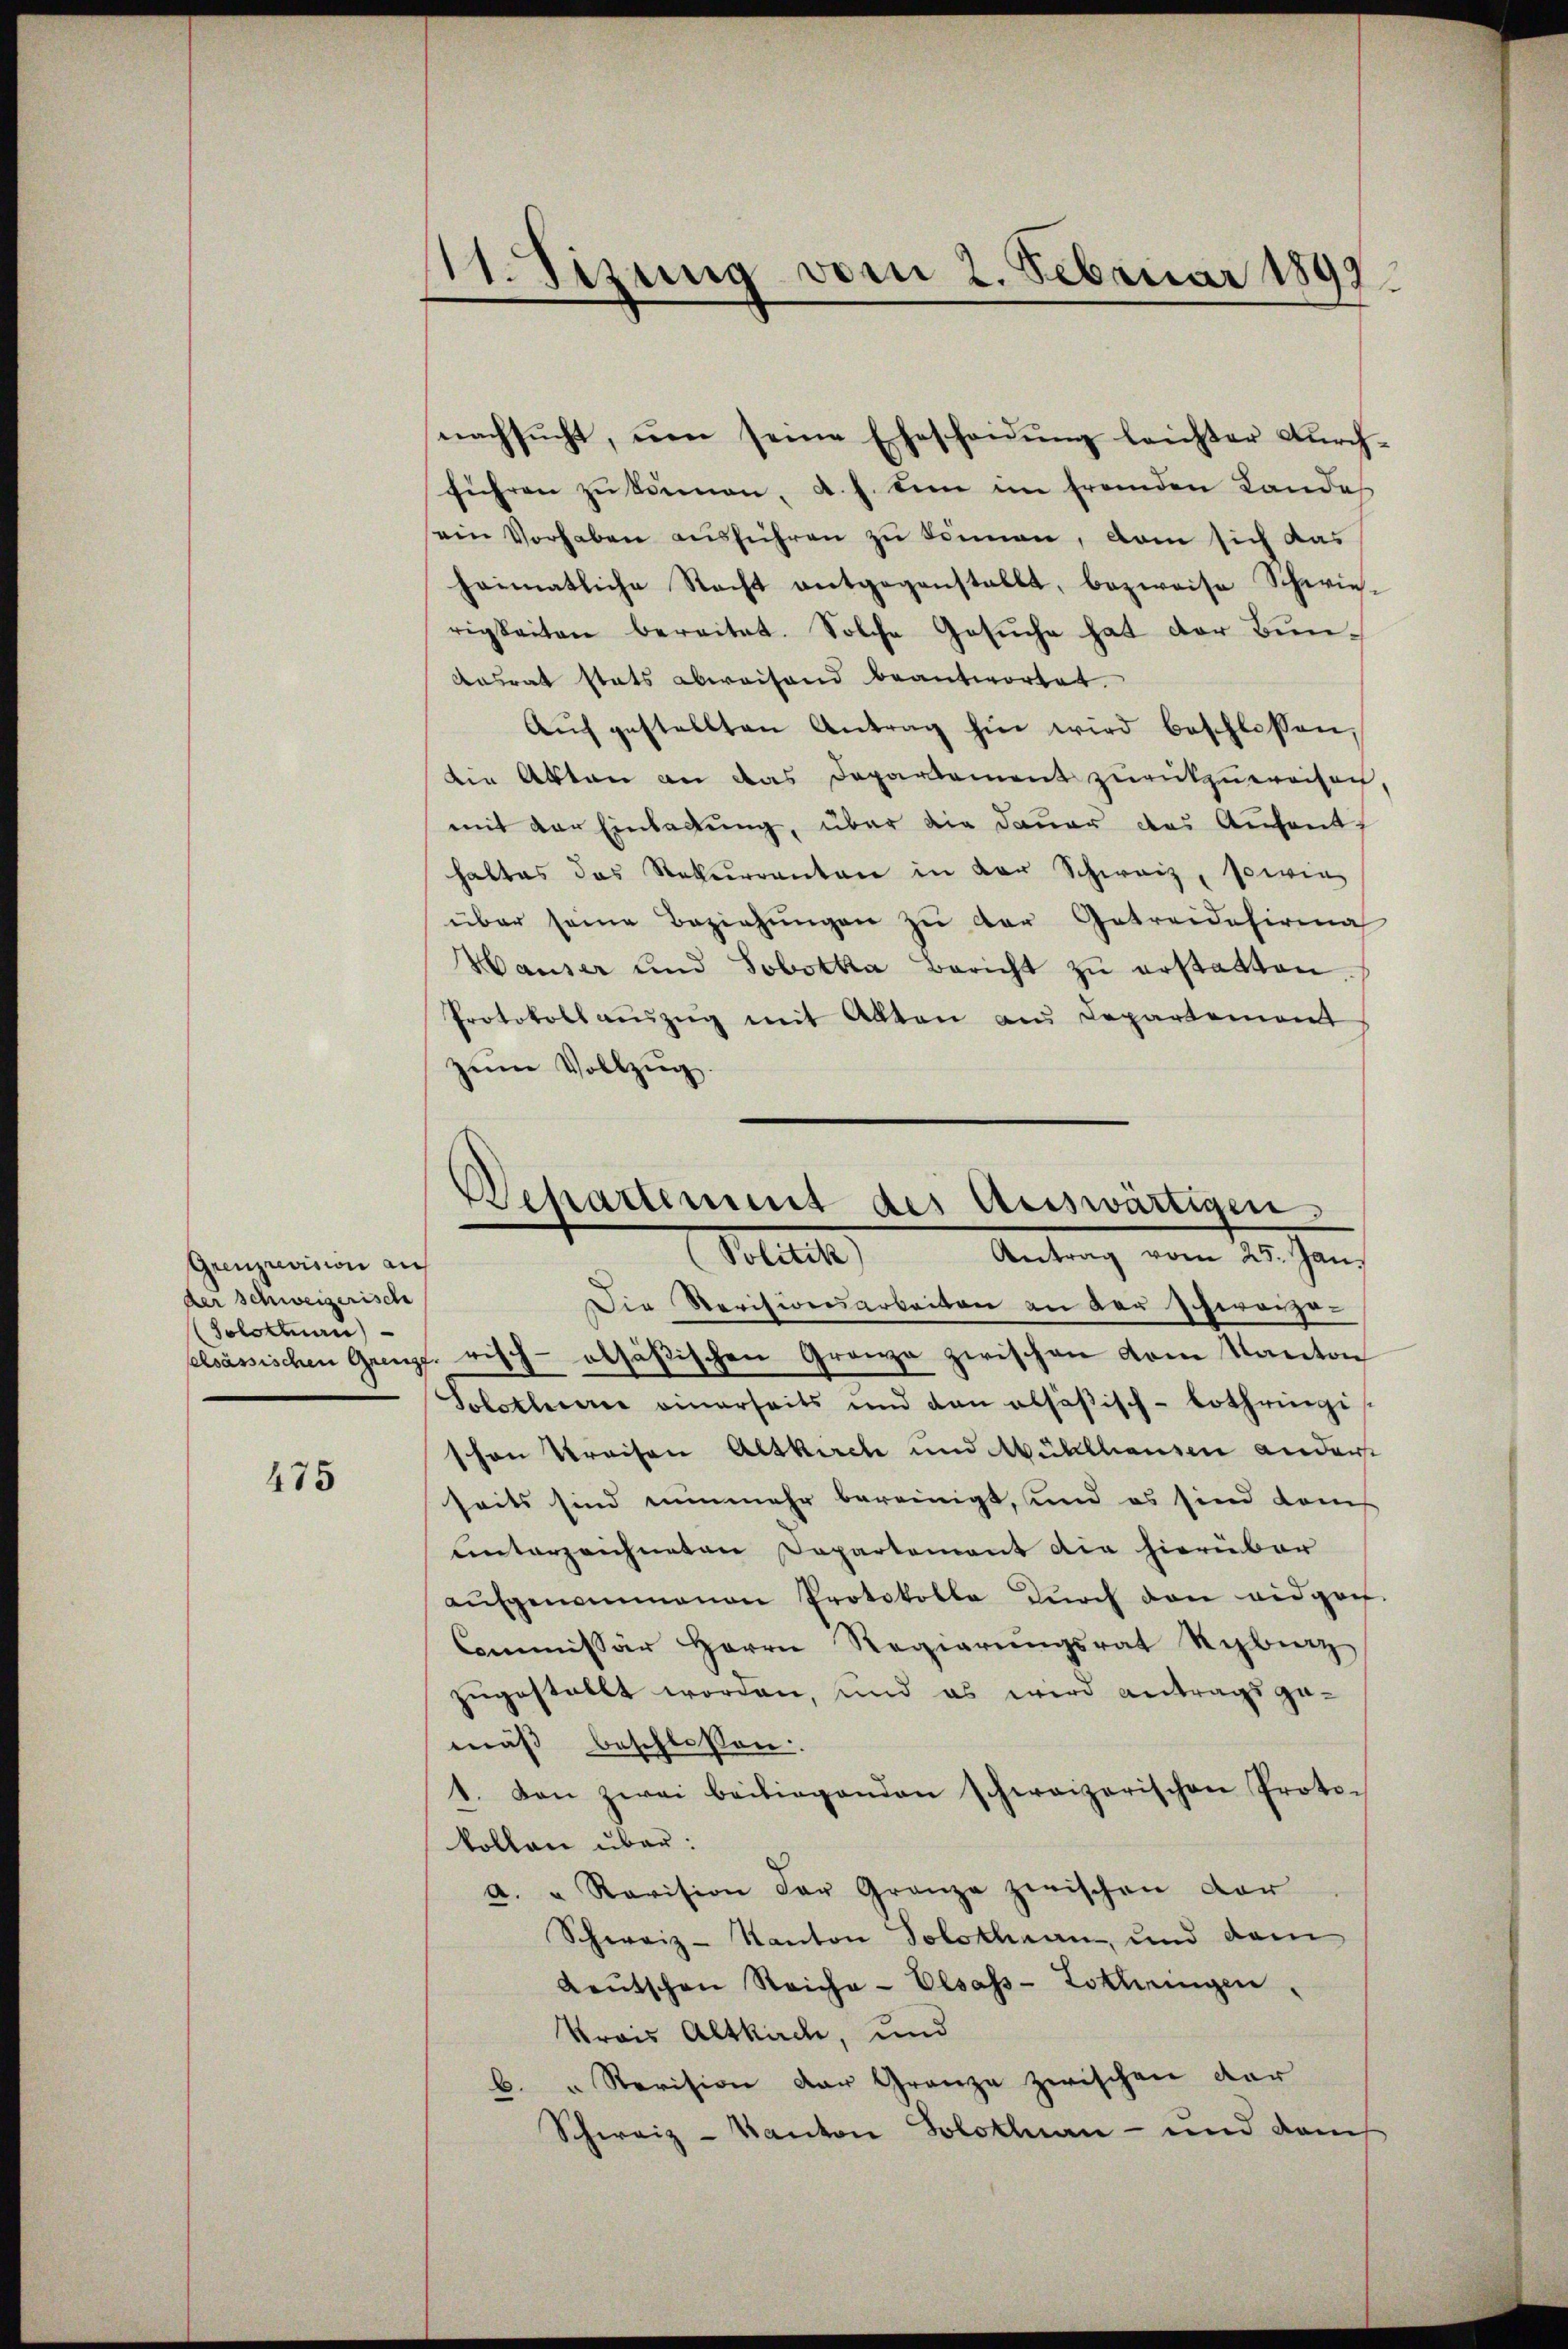
Grenzrevision auf
der Schweizerisch
(Solothurn

475

nachsŭcht, um seine Eheschaŭŭng leichter Furch-
führen zŭ kämen, a. h. die im fremden Lande
sein Vorhaben ausführen zu können, dam sich das
heimatliche Recht entgegenstallt, bezweife Schwie-
rigkeiten bereitet. Solche Gesuche hat der Bun¬
Ansrat stats abweisend beantwortet.
Aŭf gestellten Antrag hin wird beschlossen,
die Akten an das Departement zurückzuweisen,
mit der Einladung, über die Dauer das Aufenthaltes das Rekurrenten in der Schweiz, sowie
über seine Beziehungen zu der Getreidesirma
Hauser und Jobotha Bericht zŭ erstatten.
Protokollaŭzŭg mit Alten aus Departement
zum Vollzug.

11. Sitzung vom 2. Februar 1897.

Departement der Auswärtigen,
Antrag vom 25. Jan.
Solitik

Die Revisionsarbeiten an der Scheranza-
elsässischen Grenzerisch-alsößischen Granze zwischen vom Kanton
Solotlerie einerseits und dan alsäβisch-Lothringi
schon Preisen Altkuche und Mühlhausen andert
seits sind nunmehr bereinigt, und es sind dem
unterzeichneten Departement die hierüber
aŭfgenommenen Protokolle dŭrch den eidgen.
Commissär Herrn Regierŭngsrat Rybrag
zugestellt worden, und es wird antragsgemäß beschlossen:
1. Den zwei beiliegenden schweizerischen Proto-
kollen über:
a. " Revision der Granze zwischen Vor
Schweiz-Kanton Solothurn, und dam
Leŭtschen Reiche- Elsass-Lothringen,
Krais Altkirche, und
b. " Revision der Granze zwischen der
Schweiz - Kanton Solothurn - und dam